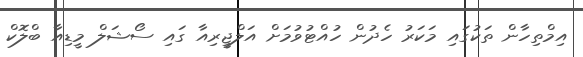
އިމްތިހާން ތަކުގައި މަކަރު ހެދުން ހުއްޓުވުމަށް އަލްޖީރިއާ ގައި ސޯޝަލް މީޑިއާ ބްލޮކް